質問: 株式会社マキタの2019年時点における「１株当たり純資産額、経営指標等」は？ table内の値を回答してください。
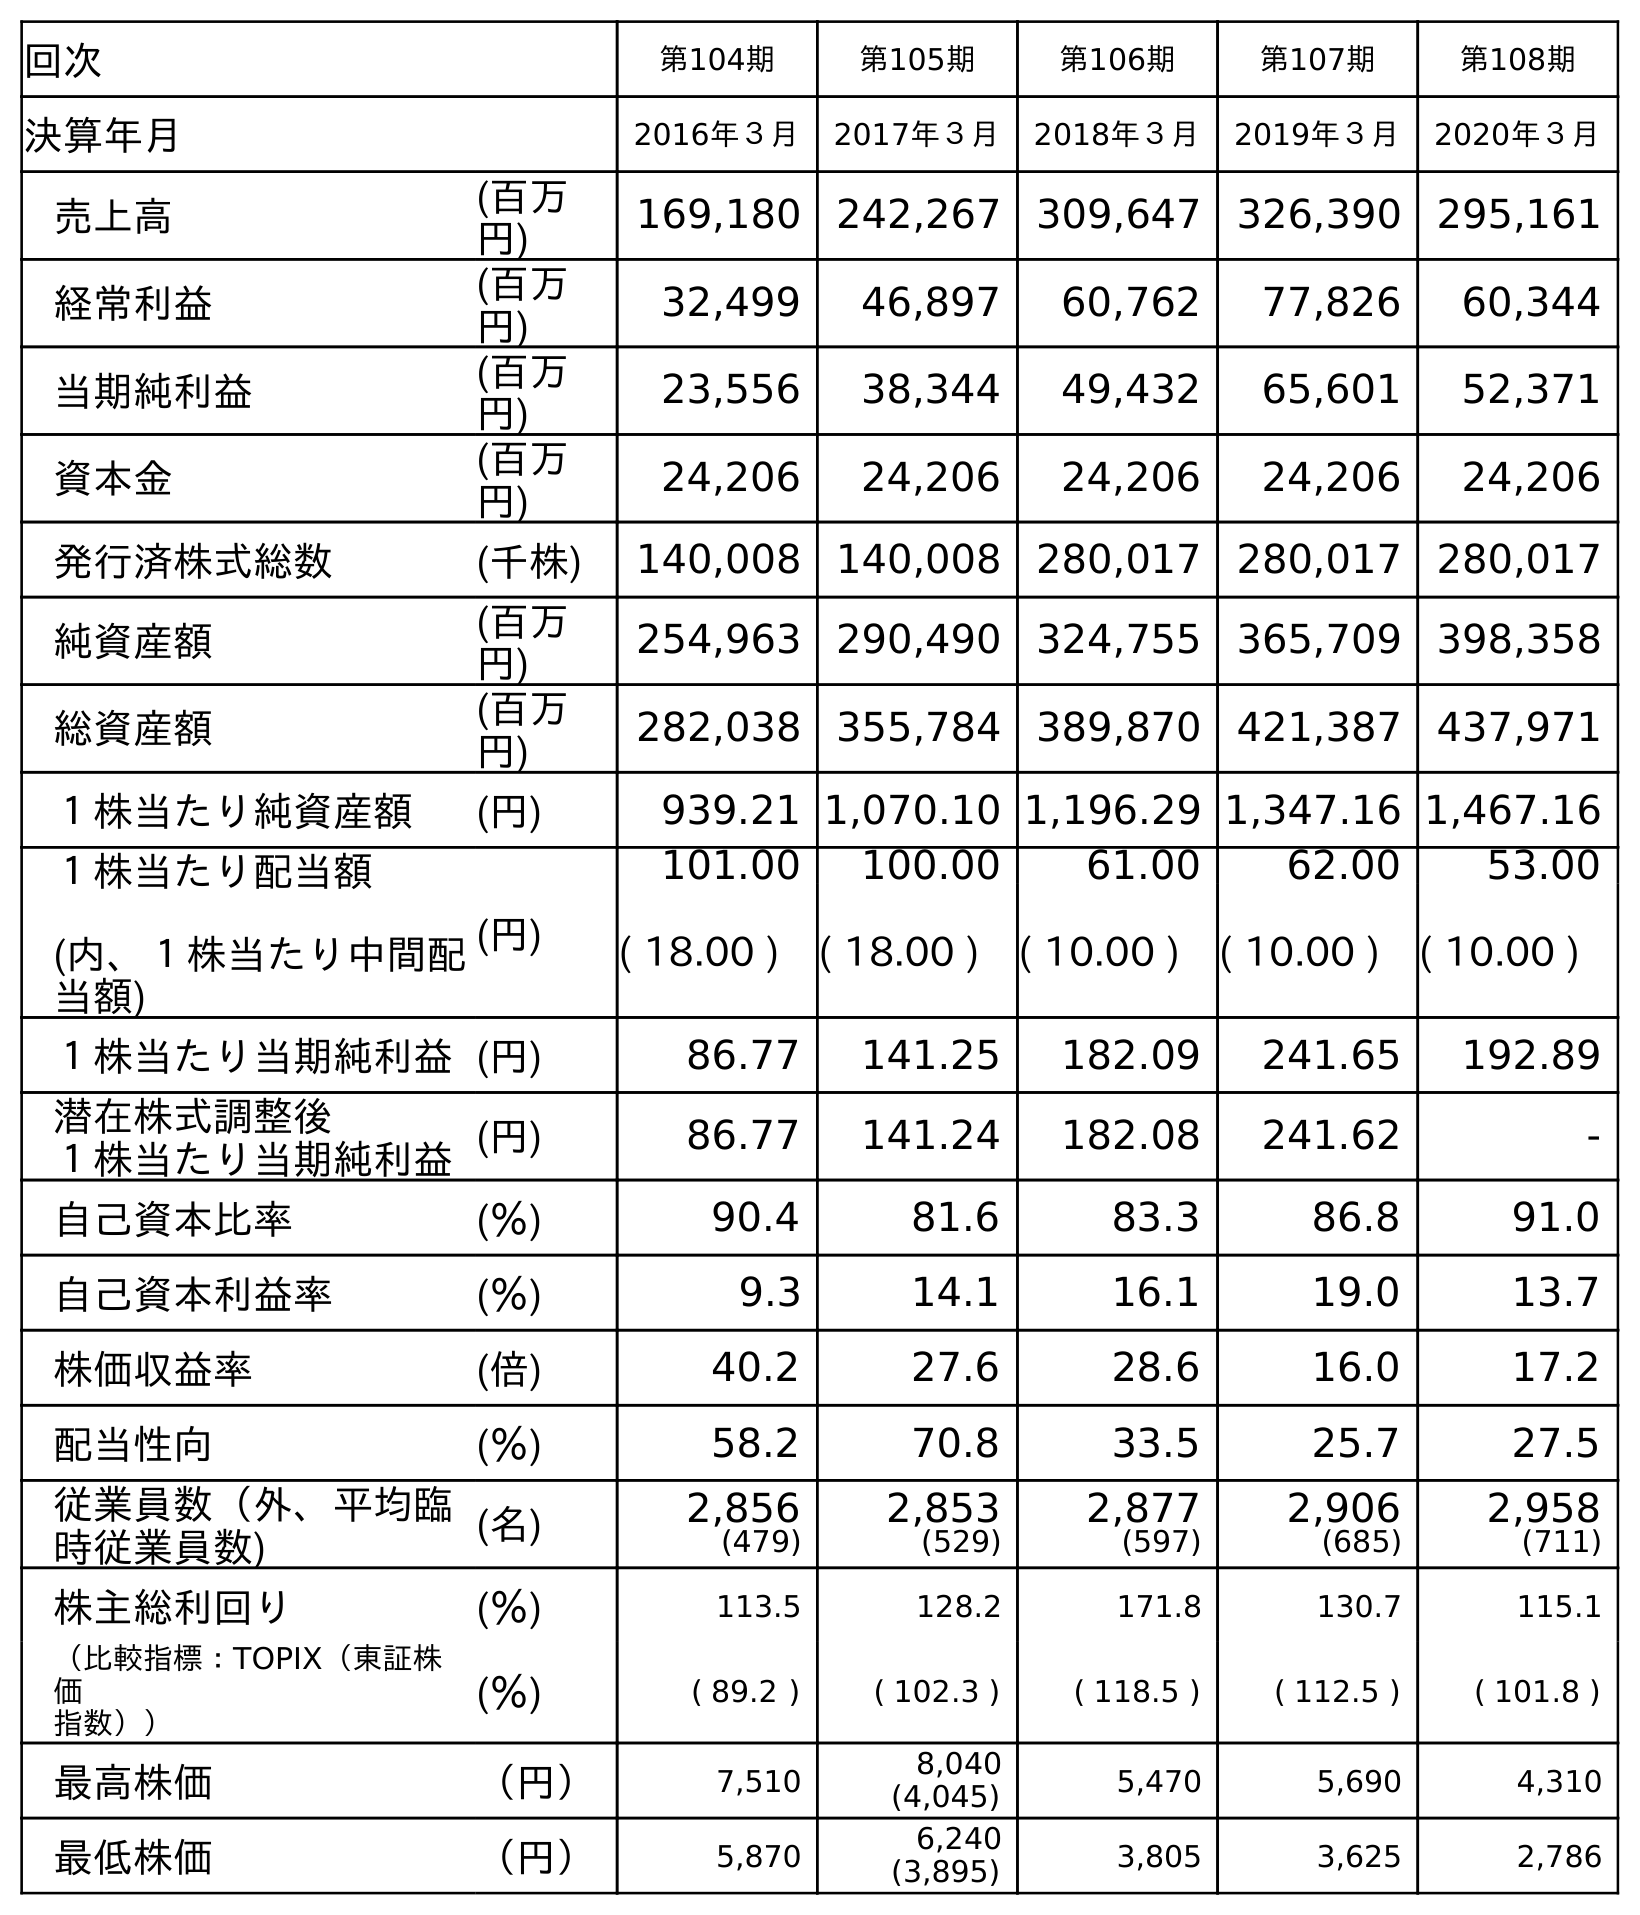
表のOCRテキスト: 回次 第104期 第105期 第106期 第107期 第108期 決算年月 2016年３月 2017年３月 2018年３月 2019年３月 2020年３月 売上高 (百万 円) 169,180 242,267 309,647 326,390 295,161 経常利益 (百万 円) 32,499 46,897 60,762 77,826 60,344 当期純利益 (百万 円) 23,556 38,344 49,432 65,601 52,371 資本金 (百万 円) 24,206 24,206 24,206 24,206 24,206 発行済株式総数 (千株) 140,008 140,008 280,017 280,017 280,017 純資産額 (百万 円) 254,963 290,490 324,755 365,709 398,358 総資産額 (百万 円) 282,038 355,784 389,870 421,387 437,971 １株当たり純資産額 (円) 939.21 1,070.10 1,196.29 1,347.16 1,467.16 １株当たり配当額 (内、１株当たり中間配 当額) (円) 101.00 100.00 61.00 62.00 53.00 ( 18.00 ) ( 18.00 ) ( 10.00 ) ( 10.00 ) ( 10.00 ) １株当たり当期純利益(円) 86.77 141.25 182.09 241.65 192.89 潜在株式調整後 １株当たり当期純利益(円) 86.77 141.24 182.08 241.62 - 自己資本比率 (％) 90.4 81.6 83.3 86.8 91.0 自己資本利益率 (％) 9.3 14.1 16.1 19.0 13.7 株価収益率 (倍) 40.2 27.6 28.6 16.0 17.2 配当性向 (％) 58.2 70.8 33.5 25.7 27.5 従業員数（外、平均臨 時従業員数) (名) 2,856 (479) 2,853 (529) 2,877 (597) 2,906 (685) 2,958 (711) 株主総利回り (％) 113.5 128.2 171.8 130.7 115.1 （比較指標：TOPIX（東証株 価 指数）） (％) ( 89.2 ) ( 102.3 ) ( 118.5 ) ( 112.5 ) ( 101.8 ) 最高株価 （円） 7,510 8,040 (4,045) 5,470 5,690 4,310 最低株価 （円） 5,870 6,240 (3,895) 3,805 3,625 2,786
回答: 1,347.16